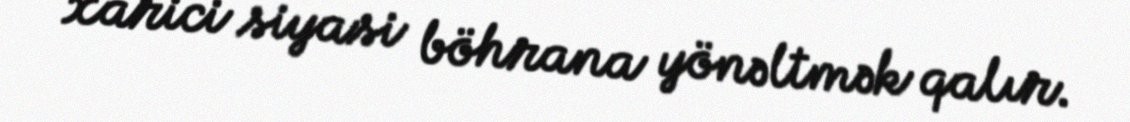
xarici siyasi böhrana yönəltmək qalır.